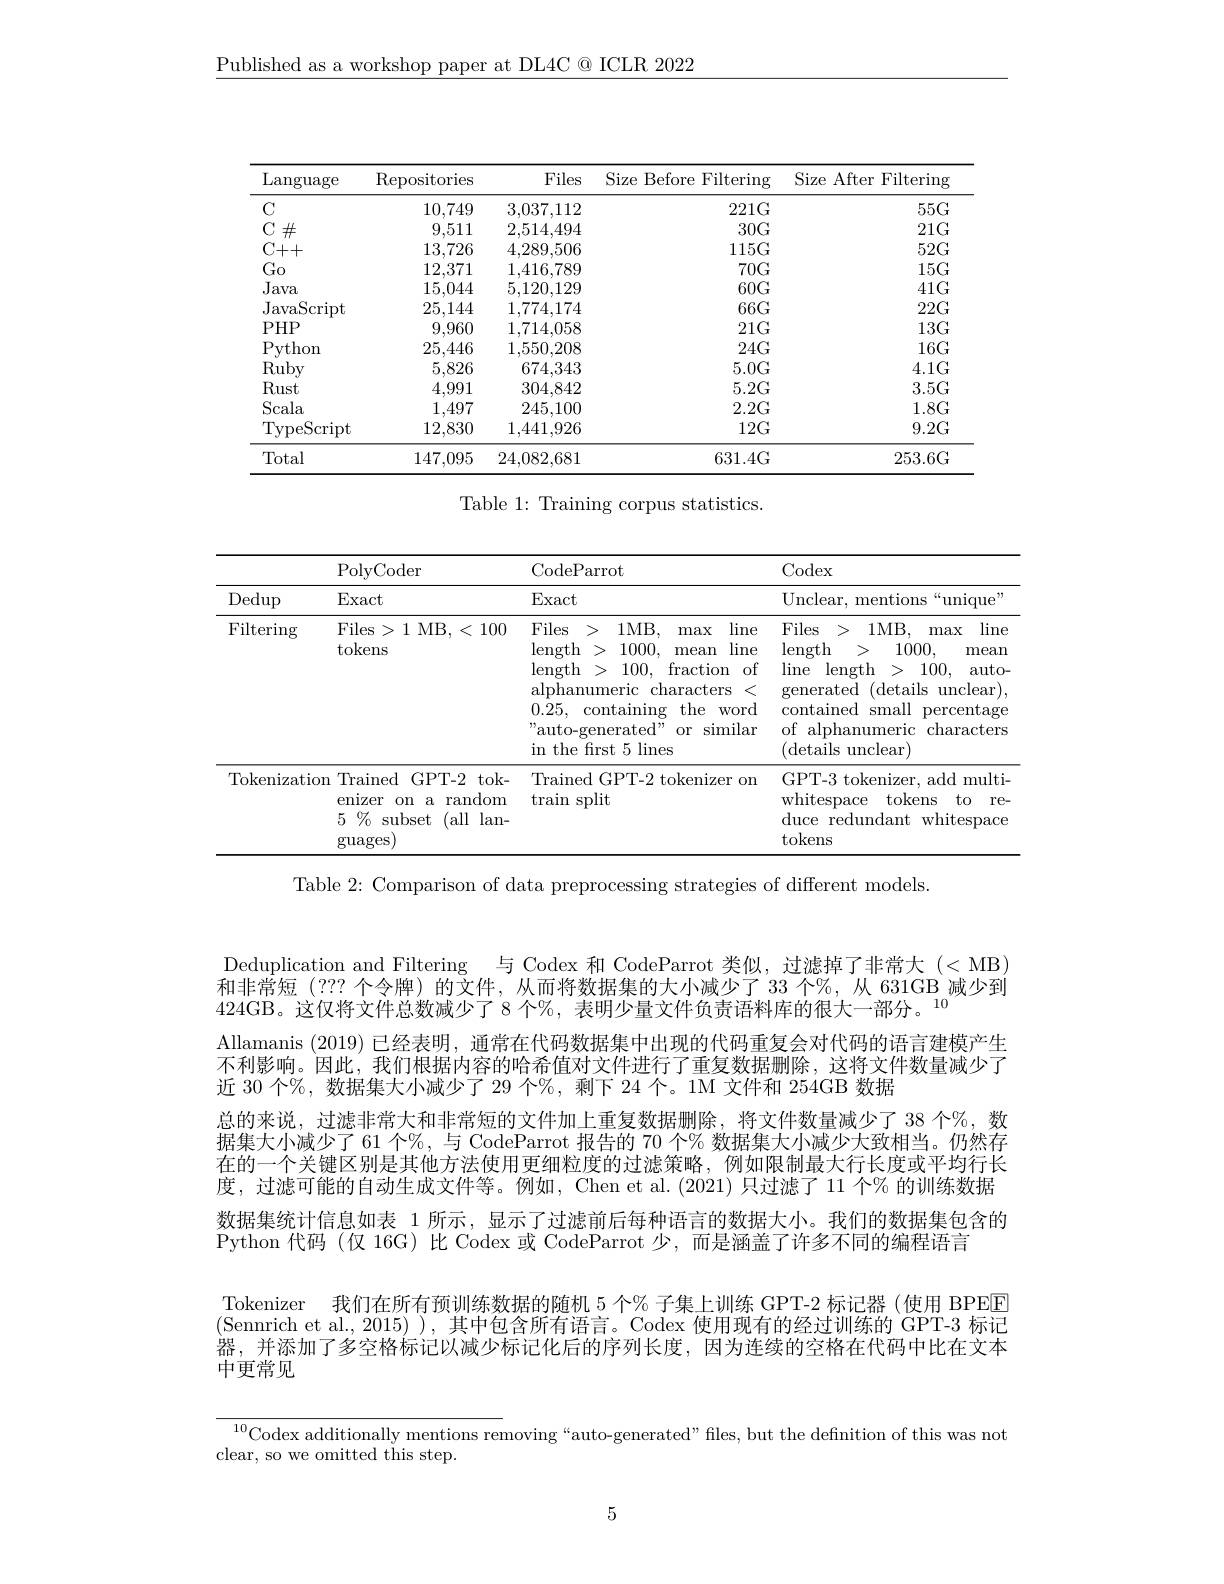
$\underline{\text{Published as a workshop paper at DL4C@ ICLR 2022}}$

<table>
	<tbody>
		<tr>
			<th>$\operatorname{Language}$</th>
			<th>$\operatorname{Repositories}$</th>
			<th>Files</th>
			<th>Size Before e Filte</th>
			<th>Before Filtering 、 1</th>
			<th>Size</th>
			<th>After $\operatorname{Filtering}$</th>
		</tr>
		<tr>
			<td>$C$</td>
			<td>10,749</td>
			<td>3,037,112</td>
			<td>2</td>
			<td>$221G$</td>
			<td> </td>
			<td>$55G$</td>
		</tr>
		<tr>
			<td>C$\#$</td>
			<td>9,511</td>
			<td>2,514,494</td>
			<td> </td>
			<td>$30G$</td>
			<td> </td>
			<td>$21G$</td>
		</tr>
		<tr>
			<td>$C++$</td>
			<td>13,726</td>
			<td>4,289,506</td>
			<td>1</td>
			<td>$115G$</td>
			<td> </td>
			<td>$52G$</td>
		</tr>
		<tr>
			<td>$G_{0}$</td>
			<td>12,371</td>
			<td>1,416,789</td>
			<td> </td>
			<td>$70G$</td>
			<td> </td>
			<td>$15G$</td>
		</tr>
		<tr>
			<td>Java</td>
			<td>15,044</td>
			<td>5,120,129</td>
			<td> </td>
			<td>$60G$</td>
			<td> </td>
			<td>$41G$</td>
		</tr>
		<tr>
			<td>JavaScript</td>
			<td>25,144</td>
			<td>1,774,174</td>
			<td> </td>
			<td>$66G$</td>
			<td> </td>
			<td>$22G$</td>
		</tr>
		<tr>
			<td>$PHP$</td>
			<td>9,960</td>
			<td>1,714,058</td>
			<td> </td>
			<td>$21G$</td>
			<td> </td>
			<td>$13G$</td>
		</tr>
		<tr>
			<td>Python</td>
			<td>25,446</td>
			<td>1,550,208</td>
			<td> </td>
			<td>$24G$</td>
			<td> </td>
			<td>$16G$</td>
		</tr>
		<tr>
			<td>Ruby</td>
			<td>5,826</td>
			<td>674,343</td>
			<td>$E$</td>
			<td>$5.0G$</td>
			<td> </td>
			<td>$4.1G$</td>
		</tr>
		<tr>
			<td>Rust</td>
			<td>4,991</td>
			<td>304,842</td>
			<td>$E$ 1</td>
			<td>$5.2G$</td>
			<td> </td>
			<td>$3.5G$</td>
		</tr>
		<tr>
			<td>Scala</td>
			<td>1,497</td>
			<td>245,100</td>
			<td> </td>
			<td>$2.2G$</td>
			<td> </td>
			<td>$1.8G$</td>
		</tr>
		<tr>
			<td>TypeScript</td>
			<td>12,830</td>
			<td>1,441,926</td>
			<td> </td>
			<td>$12G$</td>
			<td> </td>
			<td>9.2G</td>
		</tr>
		<tr>
			<td>Total</td>
			<td>147,095</td>
			<td>24,082,681</td>
			<td>631</td>
			<td>631.4G</td>
			<td> </td>
			<td>253.6G</td>
		</tr>
	</tbody>
</table>

Table 1: Training corpus statistics.

<table>
	<tbody>
		<tr>
			<th> </th>
			<th>PolyCoder</th>
			<th>CodeParrot</th>
			<th>Codex</th>
		</tr>
		<tr>
			<td>Dedup</td>
			<td>Exact</td>
			<td>Exact</td>
			<td>Unclear, mentions s“unique”</td>
		</tr>
		<tr>
			<td>$\operatorname{Filtering}$</td>
			<td>Files> 1 MB, < 100 tokens</td>
			<td>Files> 1MB, line length 1000, line > mean length 100, fraction $of$ > alphanumeric ${\mathrm{~characters}}$ < 0.25, containing the word , "auto-generated" similar or s in the frst 5 lines</td>
			<td>${\mathrm{Files}}$ > 1 1MB, line $\max$ length 1000, > mean length 100, auto- generated (details unclear), contained small percentage of alphanumeric characters (details unclear)</td>
		</tr>
		<tr>
			<td>$\operatorname{Tokenization}$</td>
			<td>Trained GPT- 2 tok- enizer random $0n$ $5\%$ subset (all $\operatorname{lan-}$ guages</td>
			<td>Trained GPT-2 tokenizer on train split</td>
			<td>GPT-3 tokenizer, add multi- whitespace e tokens to re- duce redundant whitespace tokens</td>
		</tr>
	</tbody>
</table>

Table 2: Comparison of data preprocessing strategies of different models

Deduplication and Filtering 与 Codex 和 CodeParrot 类似，过滤掉了非常大 (<MB) 和非常短(??? 个令牌)的文件，从而将数据集的大小减少了 33 个%,从 631GB 减少到424GB。这 仅 将 文 件 总 数 减 少 了 8 $\text{个 \% , 表 明 少 量 文 件 负 责 语 料 库 的 很 大 一 部 分 。}^{10}$
Allamanis (2019) 已经表明，通常在代码数据集中出现的代码重复会对代码的语言建模产生不利影响。因此，我们根据内容的哈希值对文件进行了重复数据删除，这将文件数量减少了近 30 个%, 数据集大小减少了 29 个%, 剩下 24 个。1M 文件和 254GB 数据
总的来说，过滤非常大和非常短的文件加上重复数据删除，将文件数量减少了 38 个%,数据集大小减少了 61 个%, 与 CodeParrot 报告的 70 个% 数据集大小减少大致相当。仍然存在的一个关键区别是其他方法使用更细粒度的过滤策略，例如限制最大行长度或平均行长度，过滤可能的自动生成文件等。例如，Chen et al.(2021)只过滤了 11 个% 的训练数据数据集统计信息如表 1 所示，显示了过滤前后每种语言的数据大小。我们的数据集包含的Python 代码 (仅 16G) 比 Codex 或 CodeParrot 少，而是涵盖了许多不同的编程语言
Tokenizer 我们在所有预训练数据的随机 5 个% 子集上训练 GPT-2 标记器 (使用 BPEEE (Sennrich et al.,2015)),其中包含所有语言。Codex 使用现有的经过训练的 GPT-3 标记器，并添加了多空格标记以减少标记化后的序列长度，因为连续的空格在代码中比在文本中更常见

$\frac{10}{\text{Codex additionally mentions removing“auto-generated”files,but the definition of this was not}}$
clear, so we omitted this step.

5